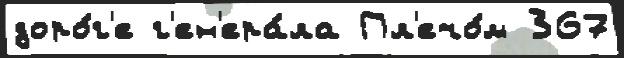
доро́г'е г'ен'ера́ла Пл'ечо́м 367